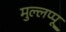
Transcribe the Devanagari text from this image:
मुल्लप्पू